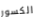
الكسور